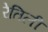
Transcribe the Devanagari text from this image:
रेतिली